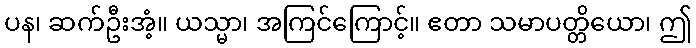
ပန၊ ဆက်ဦးအံ့။ ယသ္မာ၊ အကြင်ကြောင့်။ ဧတာ သမာပတ္တိယော၊ ဤ